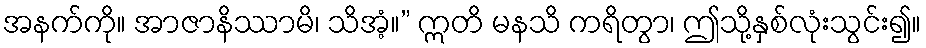
အနက်ကို။ အာဇာနိဿာမိ၊ သိအံ့။” ဣတိ မနသိ ကရိတွာ၊ ဤသို့နှစ်လုံးသွင်း၍။